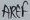
Text: AREF